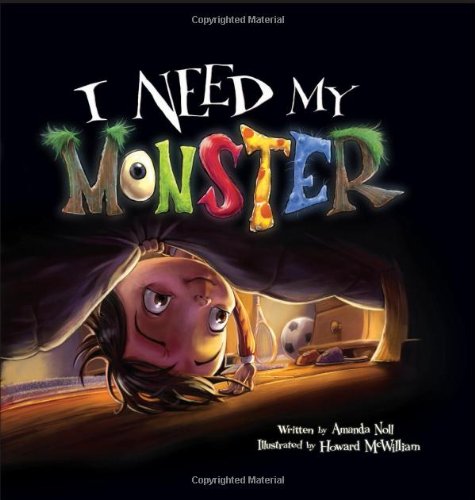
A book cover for I Need My Monster; Amanda Noll; Children's Books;